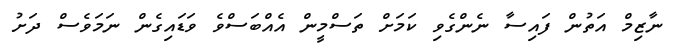
ނާޒިމް އަތުން ފައިސާ ނެންގެވި ކަމަށް ތަސްމީން އެއްބަސްވެ ވަޑައިގެން ނަމަވެސް ދަށު